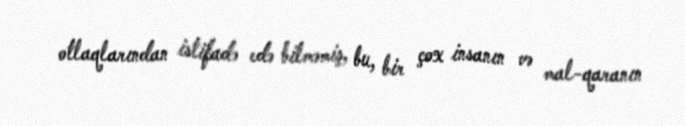
otlaqlarından istifadə edə bilməmiş, bu, bir çox insanın və mal-qaranın